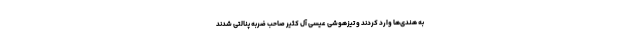
به هندی‌ها وارد کردند و تیزهوشی عیسی آل کثیر صاحب ضربه پنالتی شدند